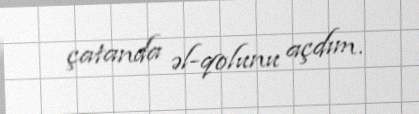
çatanda əl-qolunu açdım.